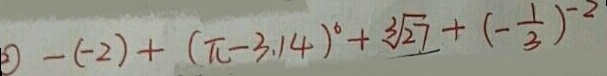
\textcircled { 2 } - ( - 2 ) + ( \pi - 3 . 1 4 ) ^ { 6 } + \sqrt [ 3 ] { 2 7 } + ( - \frac { 1 } { 3 } ) ^ { - 2 }